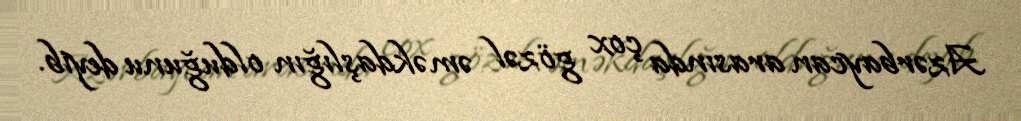
Azərbaycan arasında çox gözəl əməkdaşlığın olduğunu deyib.